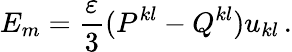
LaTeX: E_{m}=\frac{\varepsilon}3(P^{kl}-Q^{kl})u_{kl}\, .